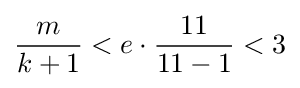
{\frac {m}{k+1}}<e\cdot {\frac {11}{11-1}}<3